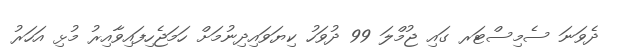
ދެވަނަ ސެމިސްޓަރ ގައި ޖުމްލަ 99 ދުވަހު ކިޔަވައިދިނުމަށް ހަމަޖެހިފައިވާއިރު މުޅި އަހަރު